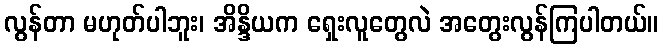
လွန်တာ မဟုတ်ပါဘူး၊ အိန္ဒိယက ရှေးလူတွေလဲ အတွေးလွန်ကြပါတယ်။